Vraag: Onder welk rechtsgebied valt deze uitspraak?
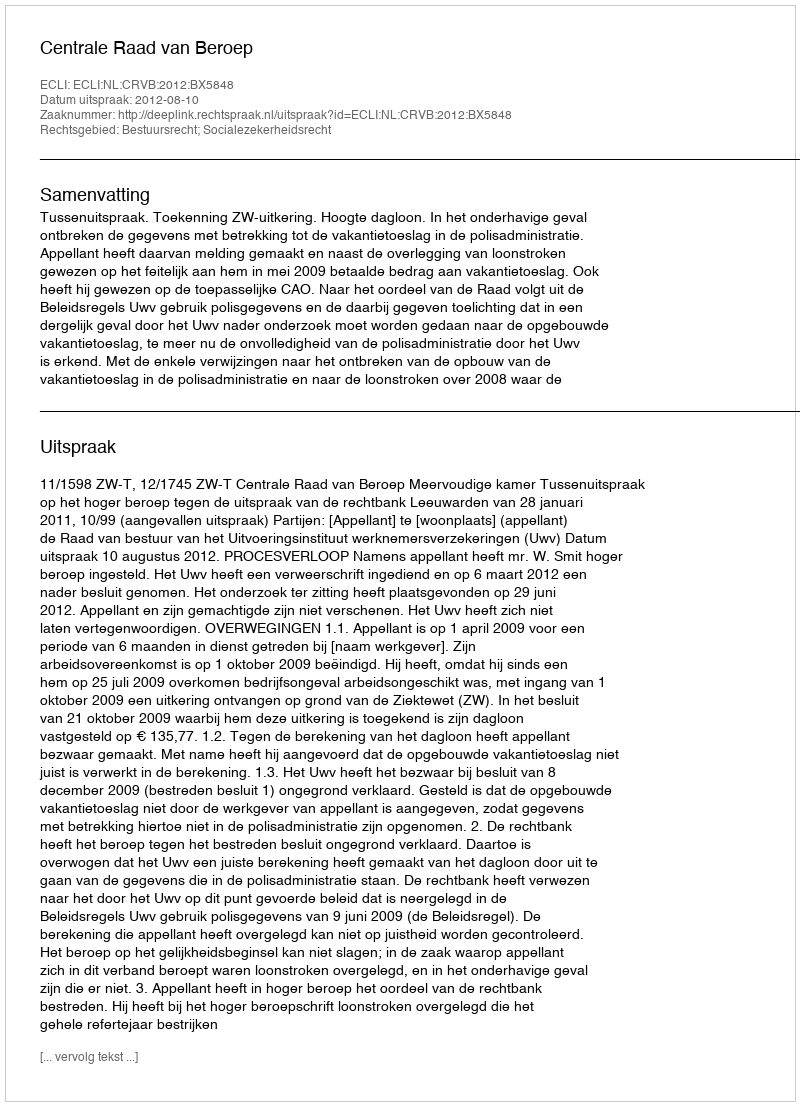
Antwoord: Bestuursrecht; Socialezekerheidsrecht